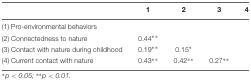
<table><thead><tr><td></td><td><b>1</b></td><td><b>2</b></td><td><b>3</b></td><td><b>4</b></td></tr></thead><tbody><tr><td>(1) Pro-environmental behaviors</td><td></td><td></td><td></td><td></td></tr><tr><td>(2) Connectedness to nature</td><td>0.44<sup>∗∗</sup></td><td></td><td></td><td></td></tr><tr><td>(3) Contact with nature during childhood</td><td>0.19<sup>∗∗</sup></td><td>0.15<sup>∗</sup></td><td></td><td></td></tr><tr><td>(4) Current contact with nature</td><td>0.43<sup>∗∗</sup></td><td>0.42<sup>∗∗</sup></td><td>0.27<sup>∗∗</sup></td><td></td></tr></tbody></table>